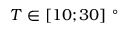
T \in [ 1 0 ; 3 0 ] ~ ^ { \circ }